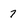
Character: 7